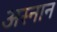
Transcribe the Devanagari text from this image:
अस्नान